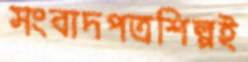
সংবাদপত্রশিল্পই